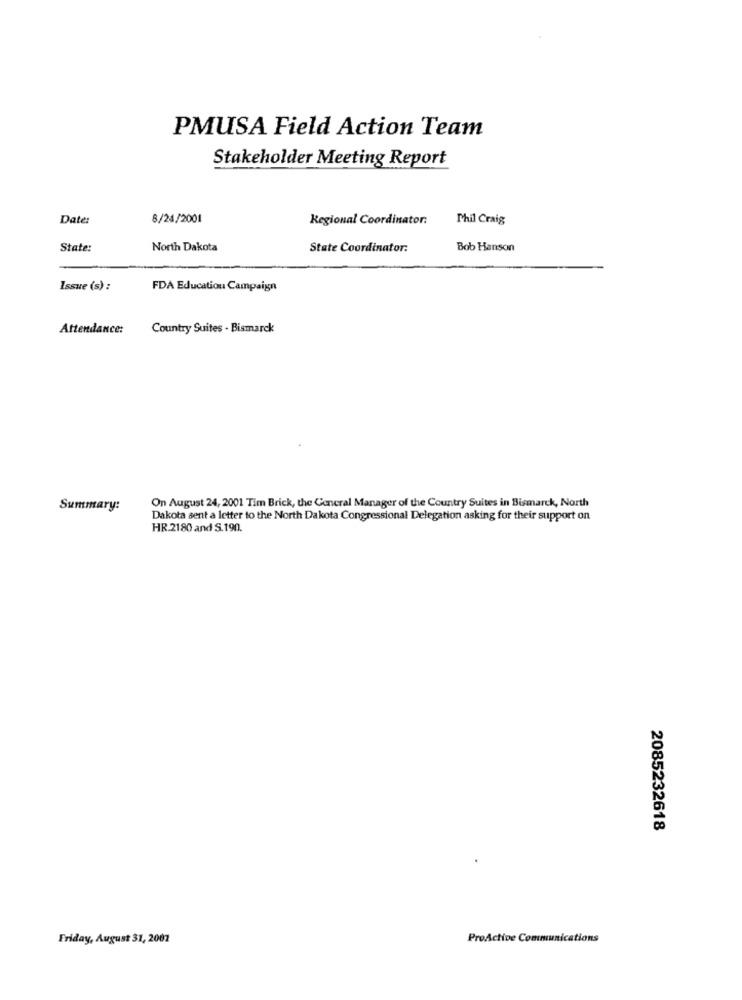
PMUSA Field Action Team
Stakeholder Meeting Report
Date:
8/24/2001
Regional Coordinator:
Phil Craig
State:
North Dakota
State Coordinator:
Bob Hanson
Issue (s) :
FDA Education Campaign
Attendance:
Country Suites - Bismarck
Summary:
On August 24, 2001 Tim Brick, the General Manager of the Country Suites in Bismarck, North
Dakota sent a letter to the North Dakota Congressional Delegation asking for their support on
HR.2180 and S.190.
2085232618
Friday, August 31, 2007
ProActive Communications